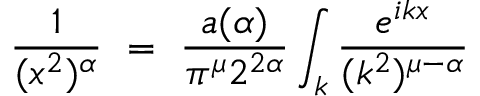
\frac { 1 } { ( x ^ { 2 } ) ^ { \alpha } } ~ = ~ \frac { a ( \alpha ) } { \pi ^ { \mu } 2 ^ { 2 \alpha } } \int _ { k } \frac { e ^ { i k x } } { ( k ^ { 2 } ) ^ { \mu - \alpha } }